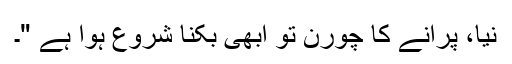
نیا، پرانے کا چورن تو ابھی بکنا شروع ہوا ہے "۔